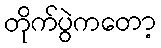
တိုက်ပွဲကတော့